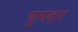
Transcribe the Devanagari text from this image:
घुमदार